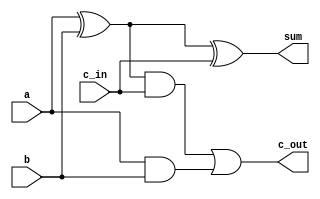
module adder_full(a, b, c_in, sum, c_out);
	input a, b, c_in;
	output sum, c_out;
	wire w1, w2, w3;
	xor xor_1(w1, a, b);
	xor xor_sum(sum, w1, c_in);
	and and_c1(w2, w1, c_in);
	and and_c2(w3, a, b);
	or or_c(c_out, w2, w3);
endmodule